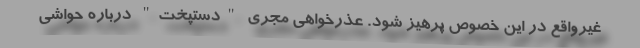
غیرواقع در این خصوص پرهیز شود. عذرخواهی مجری "دستپخت" درباره حواشی